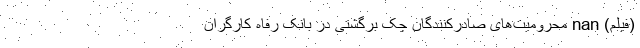
(فیلم) nan محرومیت‌های صادرکنندگان چک برگشتی در بانک رفاه کارگران